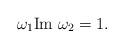
LaTeX: \begin{align*}\omega_1\textrm{Im}\; \omega_2=1. \end{align*}